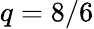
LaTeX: q=8/6